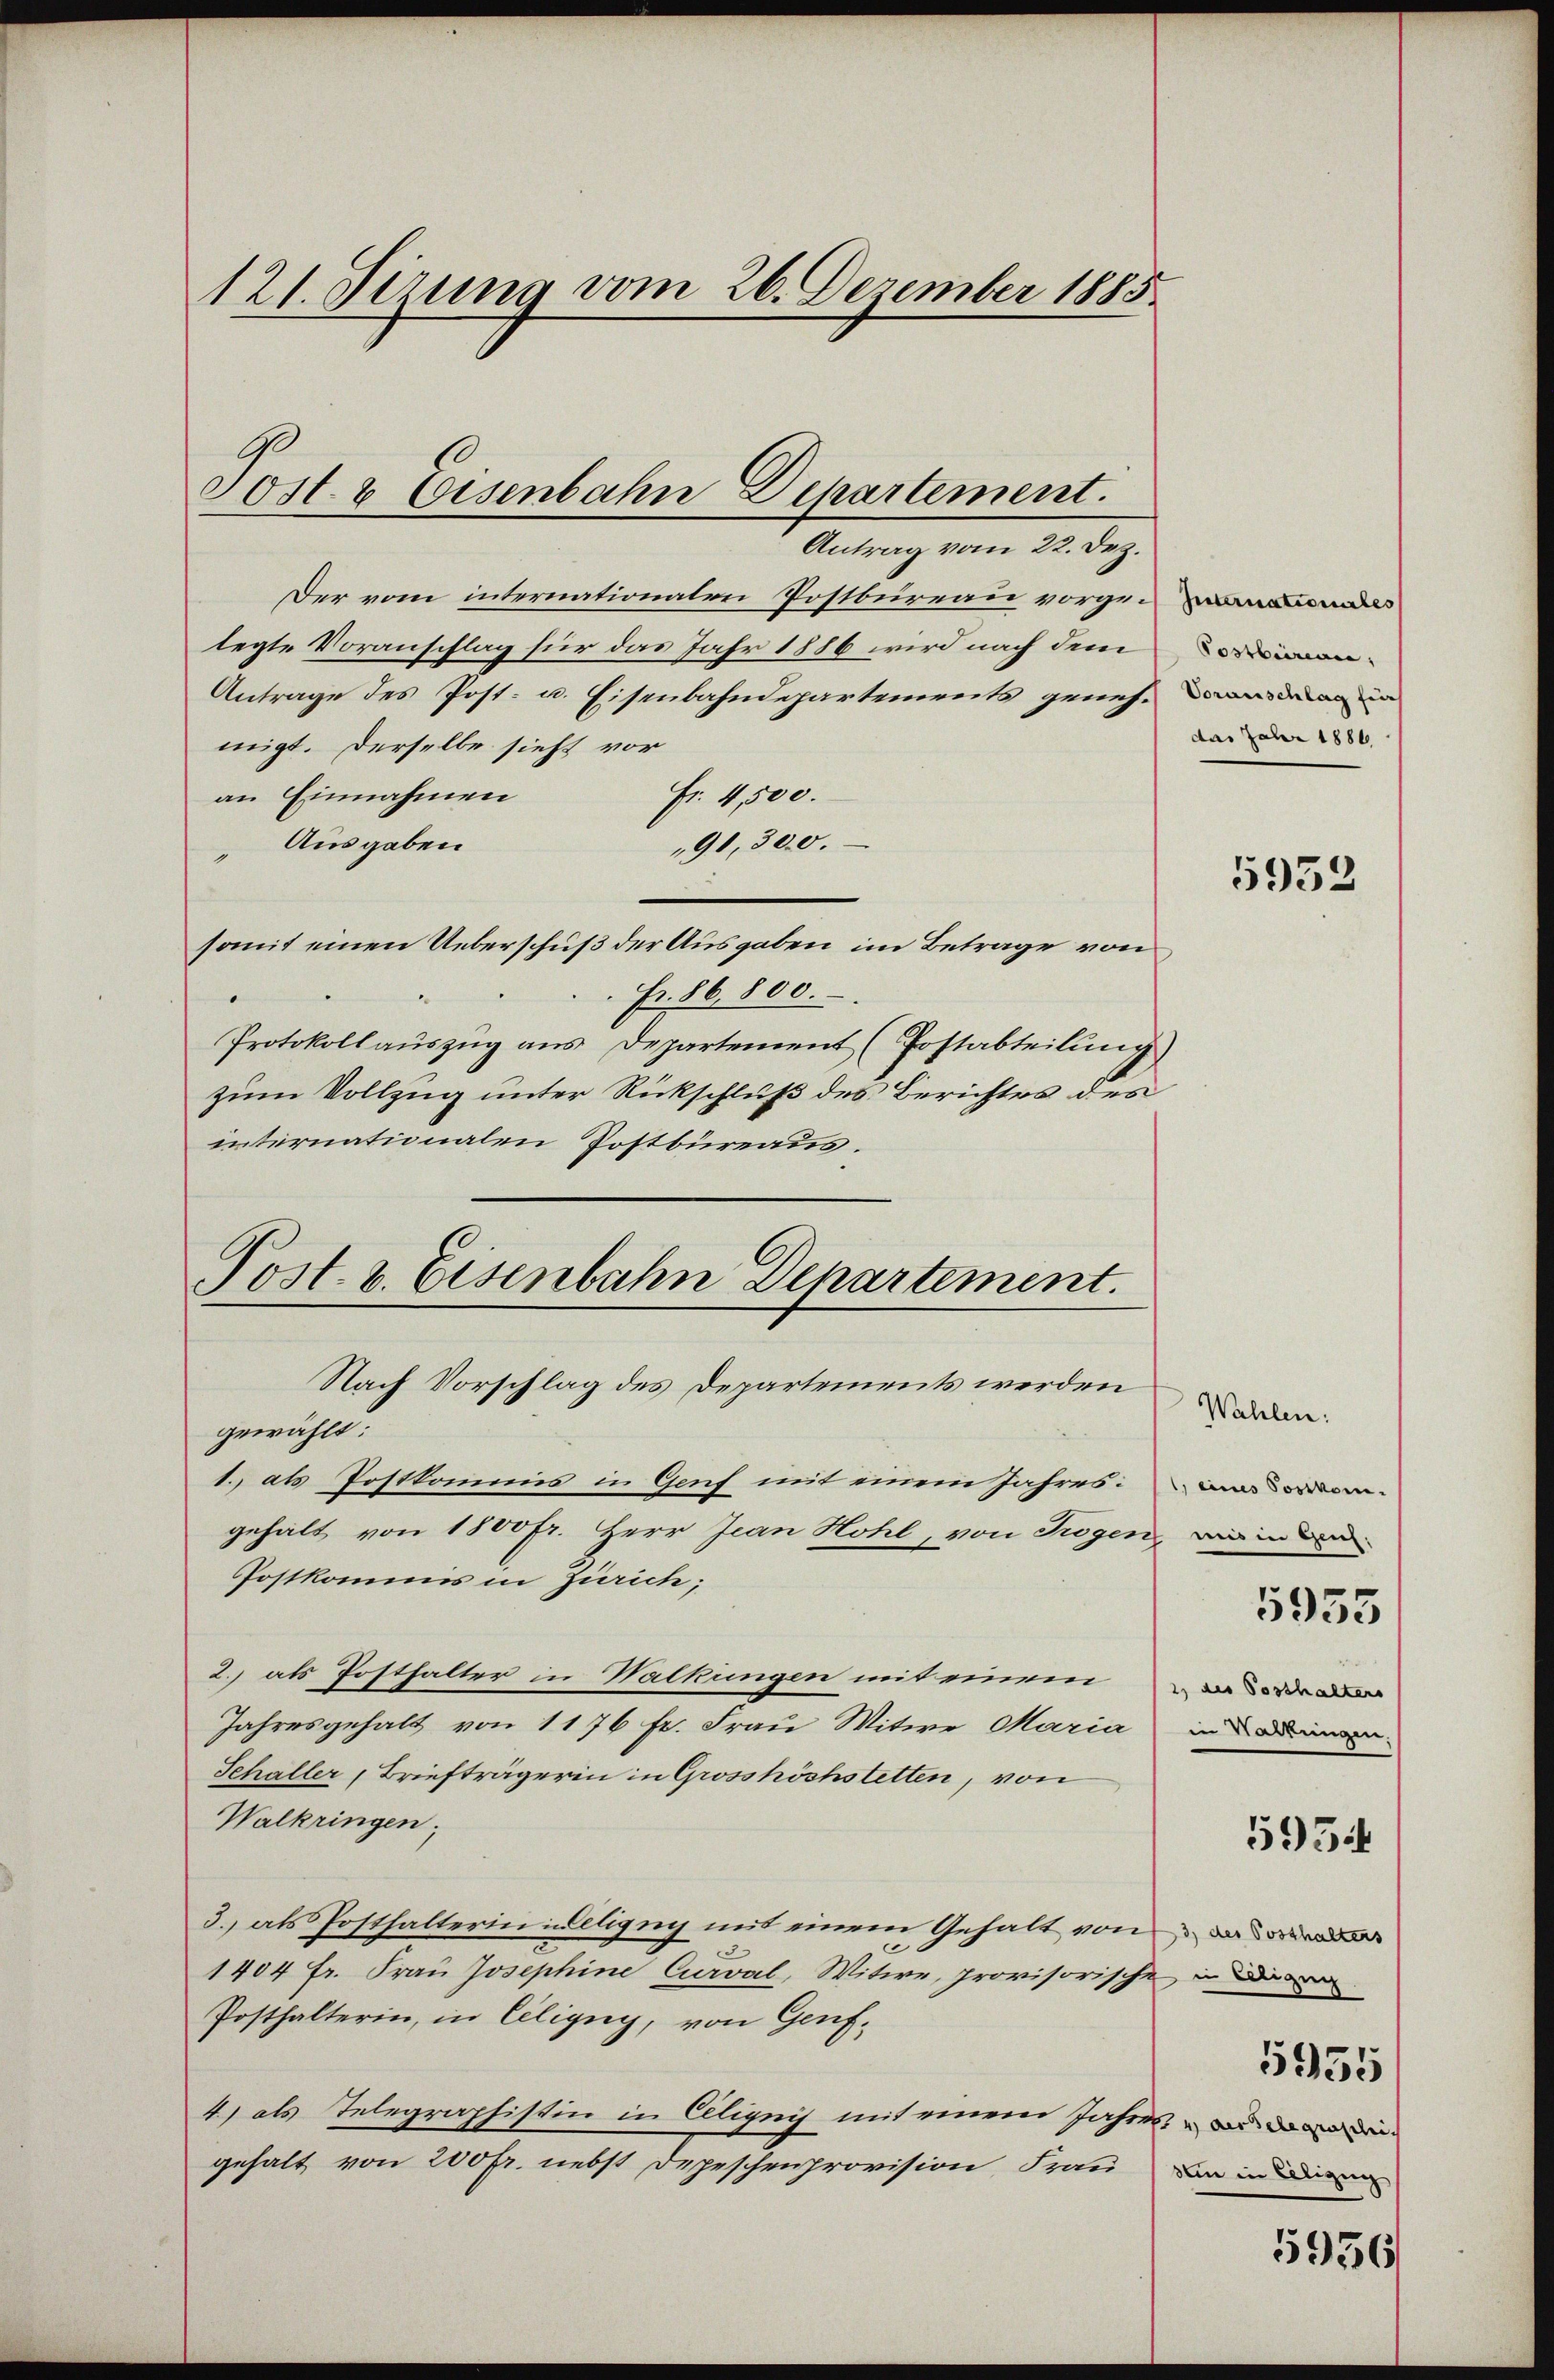
121. Sizung vom 26. Dezember 1885

Der vom internationalen Postbureau vorgelegte Voranschlag für das Jahr 1886 wird nach dem
Antrage des Post- u. Eisenbahndepartements genehmen in
migt. Derselbe sieht vor
an Einnahmen
Fr. 4,500.
Ausgaben
91,300.
somit einen Ueberschuß der Ausgaben im Betrage von
Fr. 86,800.
Protokollauszug aus Departement (Postabteilung)
zum Vollzug unter Rückschluß des Berichtes des
internationalen Postbüreaus.
Post. v. Eisenbahn Departement.

Post & Eisenbahn Departement.
Antrag vom 22. Dez.

Nach Vorschlag des Departements werden

das Jahr 1886

gewählt:
1. als Postkommis in Genf mit einem Jahres:
gehalt von 1500fr. Herr Jean Hohl, von Trogen, in de
Postkommis in Zürich;
2.) als Posthalter in Walkungen mit einem de
Jahresgehalt von 1176 fr. Frau Witwe Maria in die
Schaller, Briefträgerin in Grosshöchstetten, von
Walkringen.
3.) als Posthalterin eligny mit einem Gehalt von de
1404 fr. Frau Josephine Curval, Witwe, provisorische
Posthalterin, in Ciligny, von Genf¬
4) als Telegraphistin in Cilignis mit einem Jahres die
gehalt von 200 fr. nebst Depeschenprovision, Frau

5932

Wahlen.
595.
5955
sein in Cilizug

5955

5956